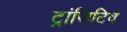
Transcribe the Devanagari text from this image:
ट्रांजिटिव